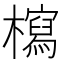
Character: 𣞐